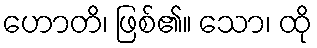
ဟောတိ၊ ဖြစ်၏။ သော၊ ထို